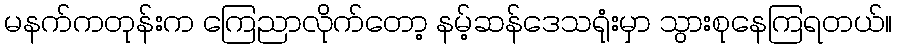
မနက်ကတုန်းက ကြေညာလိုက်တော့ နမ့်ဆန်ဒေသရုံးမှာ သွားစုနေကြရတယ်။